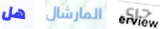
هل المارشال حرى